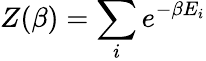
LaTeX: Z(\beta)=\sum_{i}e^{-\beta E_{i}}